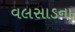
વલસાડના